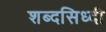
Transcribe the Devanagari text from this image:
शब्दसिध्दी